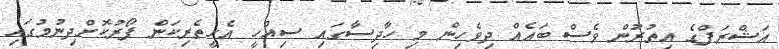
އަޝްރަފްގެ އިތުރުން ވެސް ބައެއް ދިވެހިން މި ހާދިސާގައި ސިއްހީ އެހީތެރިކަން ފޯރުކޮށްދިނުމުގައި